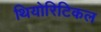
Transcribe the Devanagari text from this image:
थियोरिटिकल